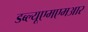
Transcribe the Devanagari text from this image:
डब्ल्यूएमएमआर